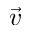
\vec { v }